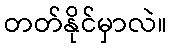
တတ်နိုင်မှာလဲ။